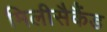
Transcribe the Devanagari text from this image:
मिलीसैकैंड